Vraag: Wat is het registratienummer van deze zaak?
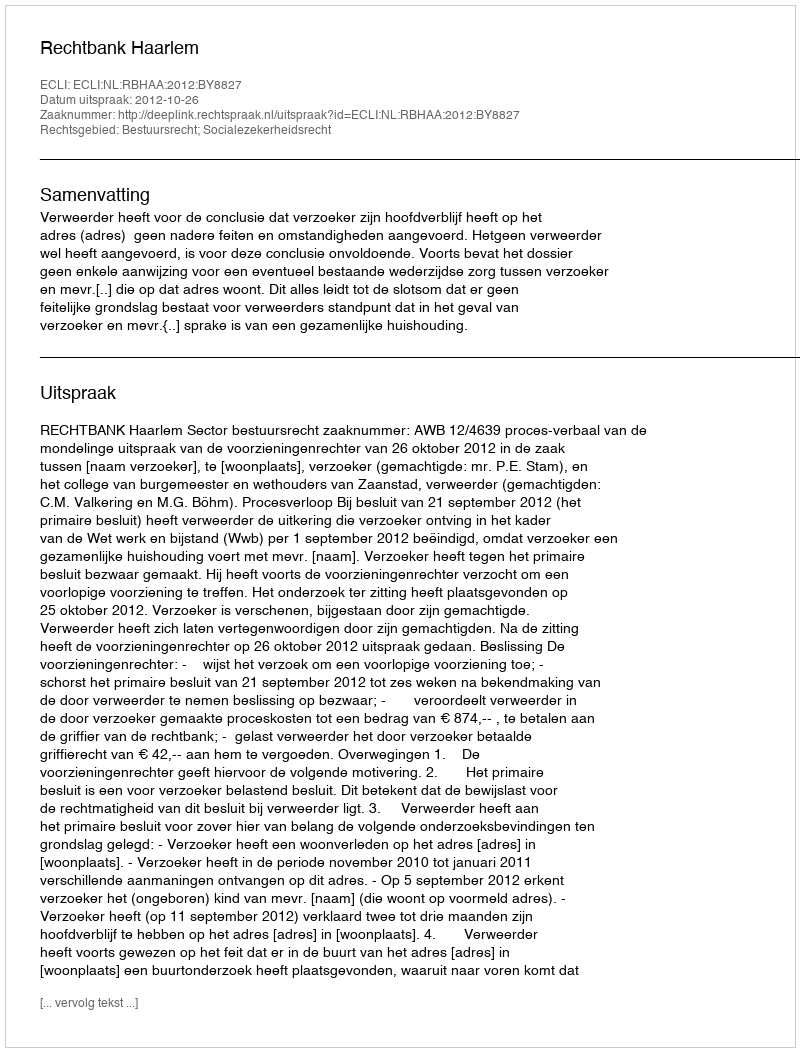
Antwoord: http://deeplink.rechtspraak.nl/uitspraak?id=ECLI:NL:RBHAA:2012:BY8827